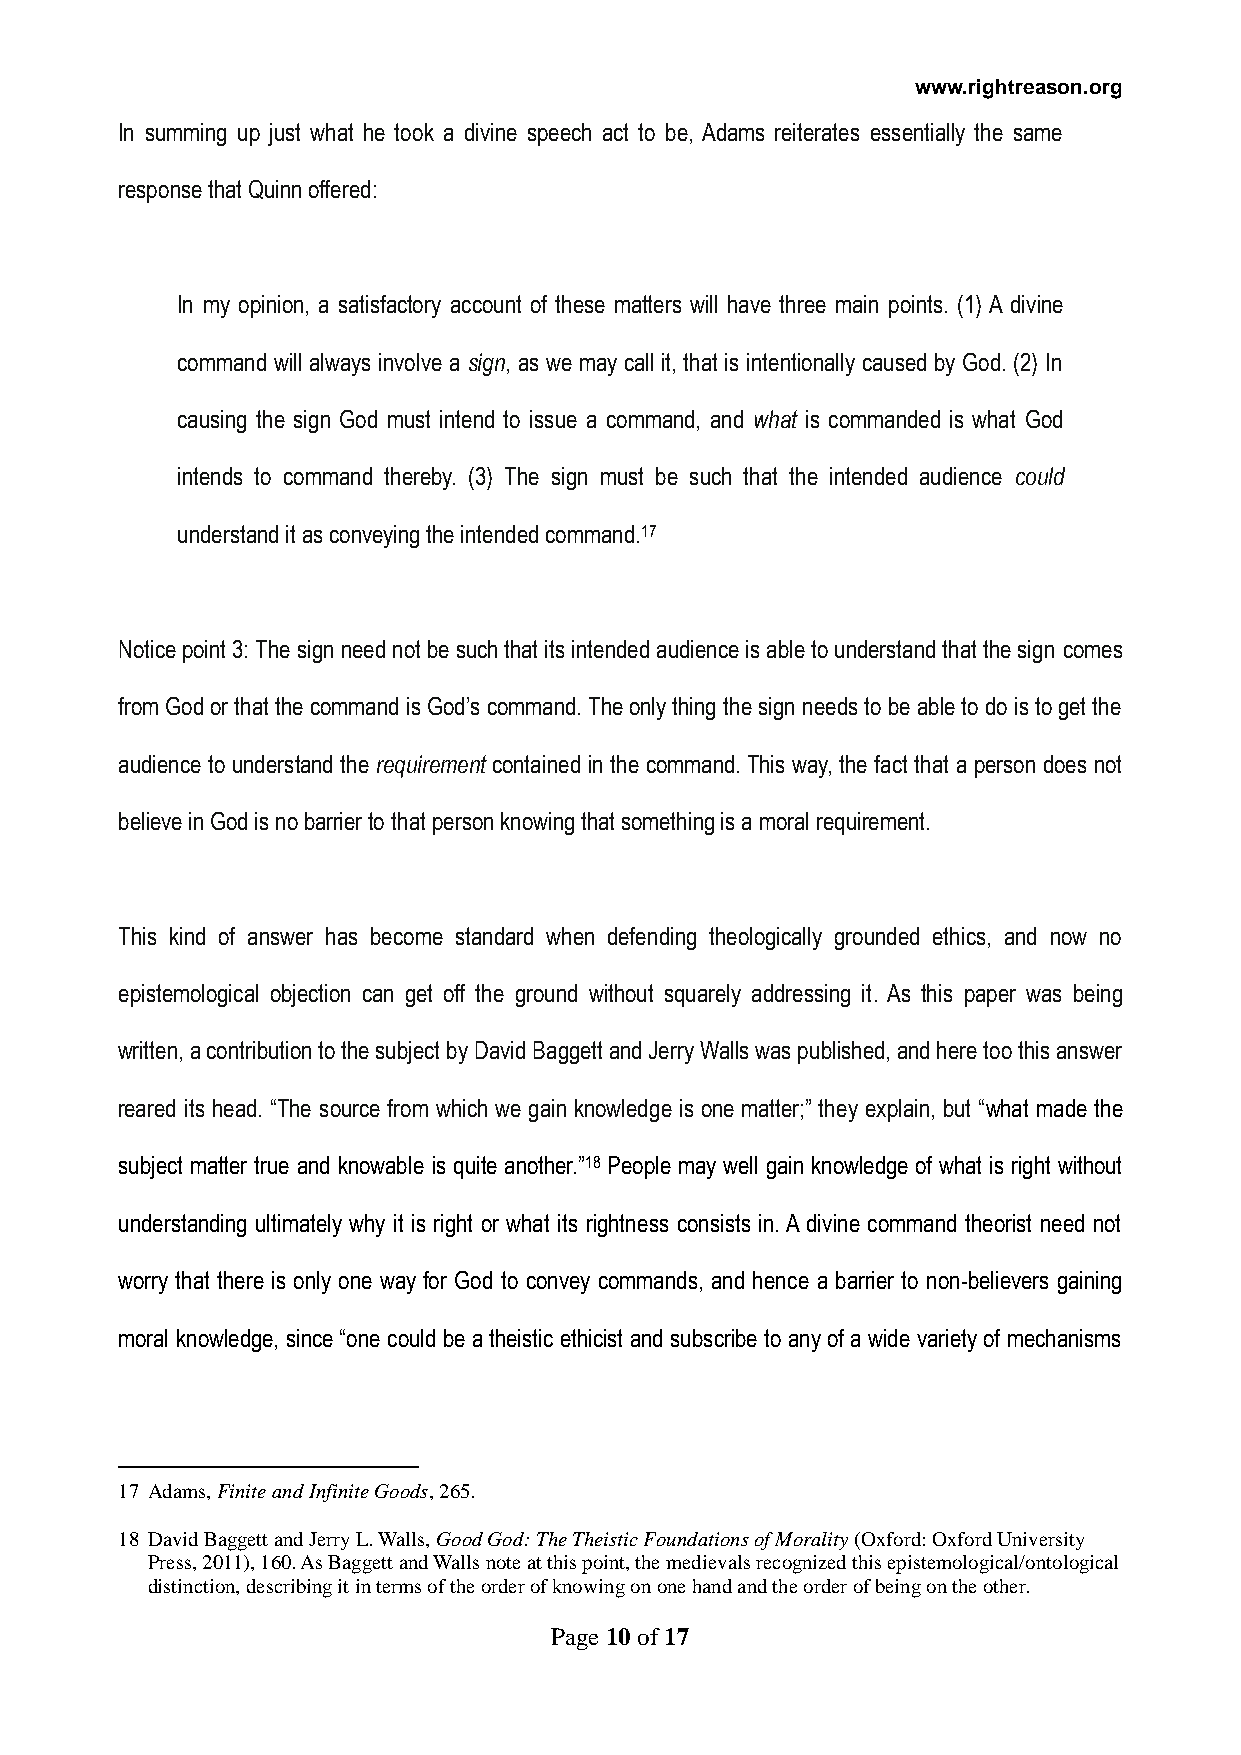
www.rightreason.org
 In summing up just what he took a divine speech act to be, Adams reiterates essentially the same
 response that Quinn offered:
 In my opinion, a satisfactory account of these matters will have three main points. (1) A divine
 command will always involve a sign, as we may call it, that is intentionally caused by God. (2) In
 causing the sign God must intend to issue a command, and what is commanded is what God
 intends to command thereby. (3) The sign must be such that the intended audience could
 understand it as conveying the intended command.17
 Notice point 3: The sign need not be such that its intended audience is able to understand that the sign comes
 from God or that the command is God’s command. The only thing the sign needs to be able to do is to get the
 audience to understand the requirement contained in the command. This way, the fact that a person does not
 believe in God is no barrier to that person knowing that something is a moral requirement.
 This kind of answer has become standard when defending theologically grounded ethics, and now no
 epistemological objection can get off the ground without squarely addressing it. As this paper was being
 written, a contribution to the subject by David Baggett and Jerry Walls was published, and here too this answer
 reared its head. “The source from which we gain knowledge is one matter;” they explain, but “what made the
 subject matter true and knowable is quite another.”18 People may well gain knowledge of what is right without
 understanding ultimately why it is right or what its rightness consists in. A divine command theorist need not
 worry that there is only one way for God to convey commands, and hence a barrier to non-believers gaining
 moral knowledge, since “one could be a theistic ethicist and subscribe to any of a wide variety of mechanisms
 17 Adams, Finite and Infinite Goods, 265.
 18 David Baggett and Jerry L. Walls, Good God: The Theistic Foundations of Morality (Oxford: Oxford University
 Press, 2011), 160. As Baggett and Walls note at this point, the medievals recognized this epistemological/ontological
 distinction, describing it in terms of the order of knowing on one hand and the order of being on the other.
 Page 10 of 17